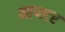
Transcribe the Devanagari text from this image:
नाप्स्टर